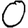
Digit: 0